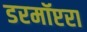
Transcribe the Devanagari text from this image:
डरमॉप्टरा